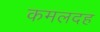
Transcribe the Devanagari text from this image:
कमलदह